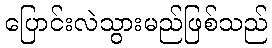
ပြောင်းလဲသွားမည်ဖြစ်သည်